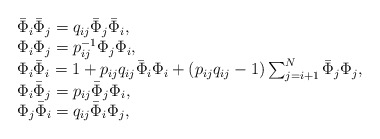
\begin{align*}\begin{array}{l}\bar{\Phi}_{i}\bar{\Phi}_{j}=q_{ij}\bar{\Phi}_{j}\bar{\Phi}_{i},\\\Phi_{i}\Phi_{j}=p_{ij}^{-1}\Phi_{j}\Phi_{i},\\\Phi_{i}\bar{\Phi}_{i}=1+p_{ij}q_{ij}\bar{\Phi}_{i}\Phi_{i}+(p_{ij}q_{ij}-1)\sum_{j=i+1}^{N}\bar{\Phi}_{j}\Phi_{j},\\\Phi_{i}\bar{\Phi}_{j}=p_{ij}\bar{\Phi}_{j}\Phi_{i},\\\Phi_{j}\bar{\Phi}_{i}=q_{ij}\bar{\Phi}_{i}\Phi_{j},\end{array}\end{align*}